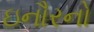
ઇનૌરનો